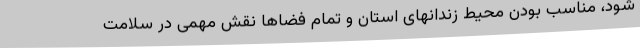
شود، مناسب بودن محیط زندانهای استان و تمام فضاها نقش مهمی در سلامت